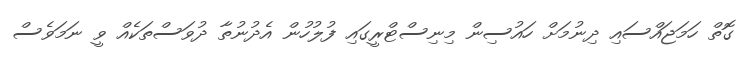
ގޮތް ހަމަޖައްސައި ދިނުމަށް ހައުސިން މިނިސްޓްރީގައި ފުލުހުން އެދުނުތާ ދުވަސްތަކެއް ވީ ނަމަވެސް